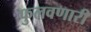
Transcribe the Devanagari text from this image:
फुलवणारी